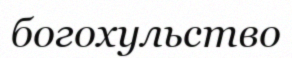
богохульство